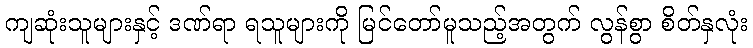
ကျဆုံးသူများနှင့် ဒဏ်ရာ ရသူများကို မြင်တော်မူသည့်အတွက် လွန်စွာ စိတ်နှလုံး